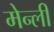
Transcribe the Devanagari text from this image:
मेन्ली